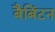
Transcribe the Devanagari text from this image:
बैबिंटन